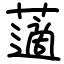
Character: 藡